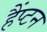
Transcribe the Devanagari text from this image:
हैंप्टन